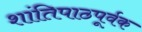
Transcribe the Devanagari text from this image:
शांतिपाठपूर्वक